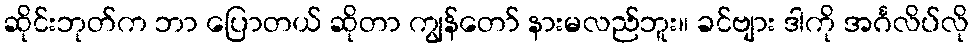
ဆိုင်းဘုတ်က ဘာ ပြောတယ် ဆိုတာ ကျွန်တော် နားမလည်ဘူး။ ခင်ဗျား ဒါကို အင်္ဂလိပ်လို